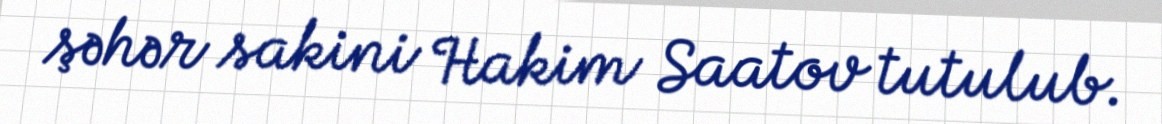
şəhər sakini Hakim Saatov tutulub.